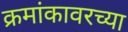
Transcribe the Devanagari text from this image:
क्रमांकावरच्या